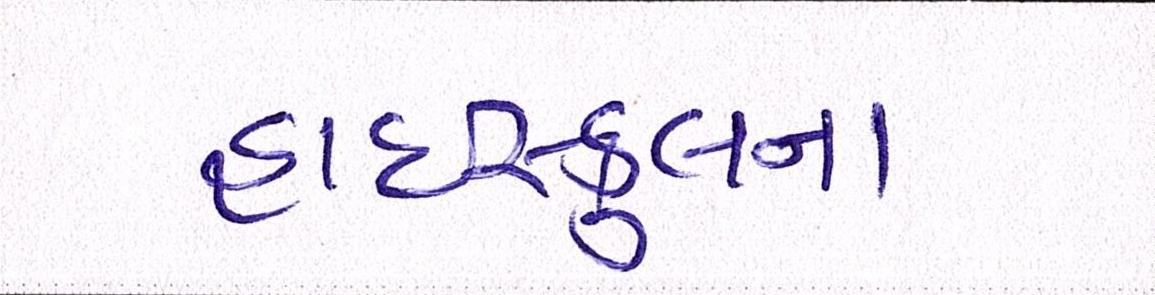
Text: હાઇસ્કુલના